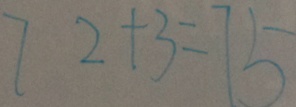
7 2 + 3 = 7 5